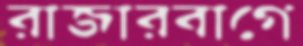
রাজারবাগে